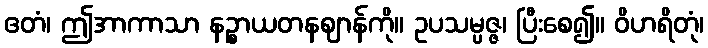
ဧတံ၊ ဤအာကာသာ နဉ္စာယတနဈာန်ကို။ ဥပသမ္ပဇ္ဇ၊ ပြီးစေ၍။ ဝိဟရိတုံ၊